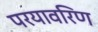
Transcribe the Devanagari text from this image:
परयावरिण